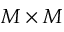
M \times M